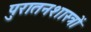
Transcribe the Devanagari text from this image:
पुरातनशास्त्रों